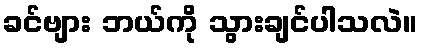
ခင်ဗျား ဘယ်ကို သွားချင်ပါသလဲ။